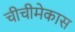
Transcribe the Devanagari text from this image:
चीचीमेकास